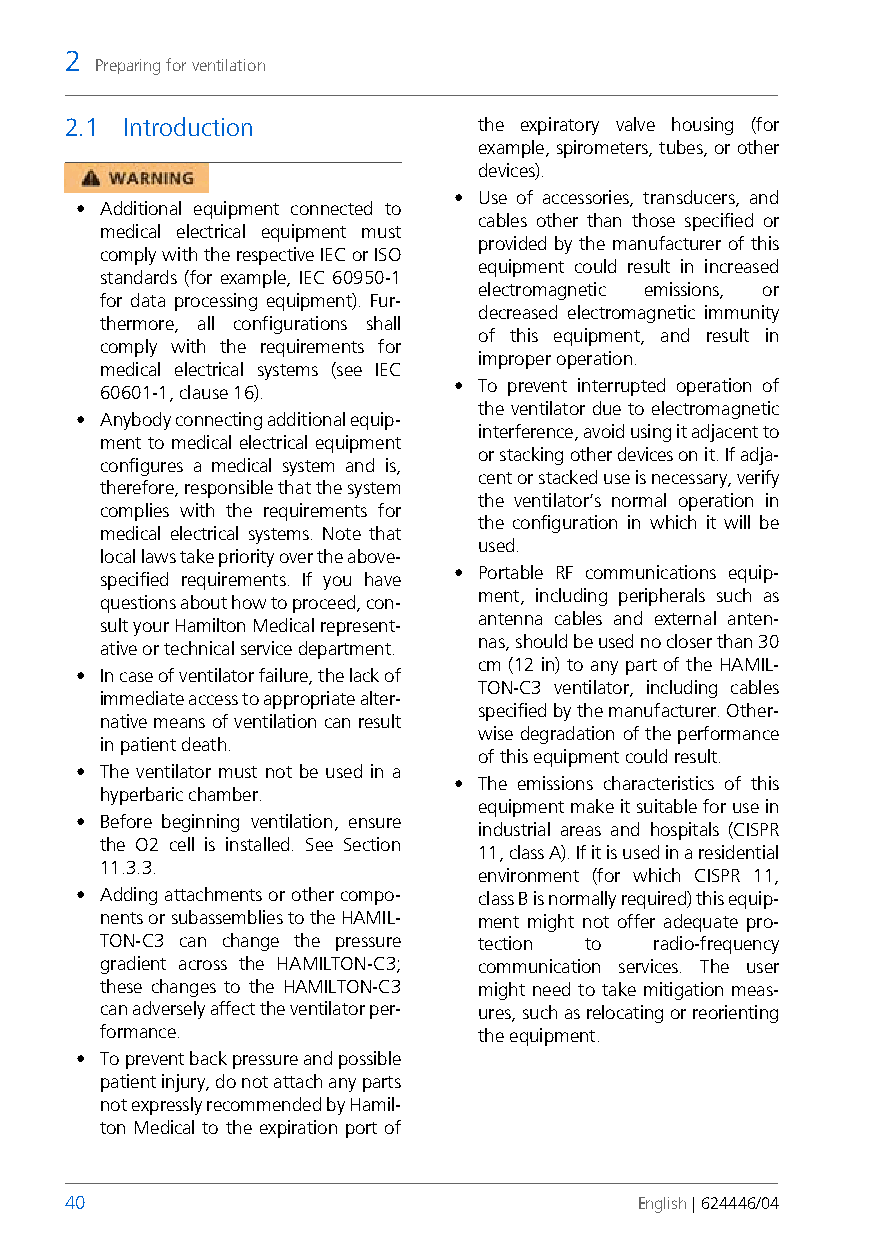
2
 Preparing for ventilation
 2.1 Introduction            the expiratory valve housing (for
 example, spirometers, tubes, or other
 devices).
 • Use of accessories, transducers, and
 • Additional equipment connected to
 cables other than those specified or
 medical electrical equipment must
 provided by the manufacturer of this
 comply with the respective IEC or ISO
 equipment could result in increased
 standards (for example, IEC 60950-1
 electromagnetic emissions, or
 for data processing equipment). Fur-
 decreased electromagnetic immunity
 thermore, all configurations shall
 of this equipment, and result in
 comply with the requirements for
 improper operation.
 medical electrical systems (see IEC
 • To prevent interrupted operation of
 60601-1, clause 16).
 the ventilator due to electromagnetic
 • Anybody connecting additional equip-
 interference, avoid using it adjacent to
 ment to medical electrical equipment
 or stacking other devices on it. If adja-
 configures a medical system and is,
 cent or stacked use is necessary, verify
 therefore, responsible that the system
 the ventilator’s normal operation in
 complies with the requirements for
 the configuration in which it will be
 medical electrical systems. Note that
 used.
 local laws take priority over the above-
 • Portable RF communications equip-
 specified requirements. If you have
 ment, including peripherals such as
 questions about how to proceed, con-
 antenna cables and external anten-
 sult your Hamilton Medical represent-
 nas, should be used no closer than 30
 ative or technical service department.
 cm (12 in) to any part of the HAMIL-
 • In case of ventilator failure, the lack of
 TON-C3 ventilator, including cables
 immediate access to appropriate alter-
 specified by the manufacturer. Other-
 native means of ventilation can result
 wise degradation of the performance
 in patient death.
 of this equipment could result.
 • The ventilator must not be used in a
 • The emissions characteristics of this
 hyperbaric chamber.
 equipment make it suitable for use in
 • Before beginning ventilation, ensure
 industrial areas and hospitals (CISPR
 the O2 cell is installed. See Section
 11, class A). If it is used in a residential
 11.3.3.
 environment (for which CISPR 11,
 • Adding attachments or other compo- class B is normally required) this equip-
 nents or subassemblies to the HAMIL- ment might not offer adequate pro-
 TON-C3 can change the pressure tection to radio-frequency
 gradient across the HAMILTON-C3; communication services. The user
 these changes to the HAMILTON-C3 might need to take mitigation meas-
 can adversely affect the ventilator per- ures, such as relocating or reorienting
 formance.                the equipment.
 • To prevent back pressure and possible
 patient injury, do not attach any parts
 not expressly recommended by Hamil-
 ton Medical to the expiration port of
 40                                    English | 624446/04